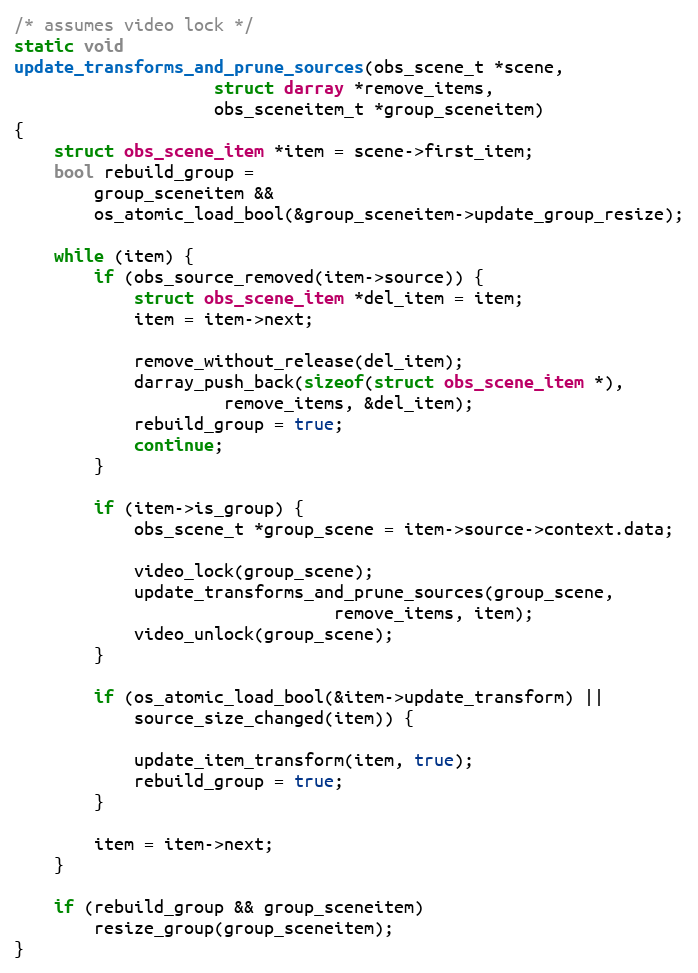
Language: C
/* assumes video lock */
static void
update_transforms_and_prune_sources(obs_scene_t *scene,
				    struct darray *remove_items,
				    obs_sceneitem_t *group_sceneitem)
{
	struct obs_scene_item *item = scene->first_item;
	bool rebuild_group =
		group_sceneitem &&
		os_atomic_load_bool(&group_sceneitem->update_group_resize);

	while (item) {
		if (obs_source_removed(item->source)) {
			struct obs_scene_item *del_item = item;
			item = item->next;

			remove_without_release(del_item);
			darray_push_back(sizeof(struct obs_scene_item *),
					 remove_items, &del_item);
			rebuild_group = true;
			continue;
		}

		if (item->is_group) {
			obs_scene_t *group_scene = item->source->context.data;

			video_lock(group_scene);
			update_transforms_and_prune_sources(group_scene,
							    remove_items, item);
			video_unlock(group_scene);
		}

		if (os_atomic_load_bool(&item->update_transform) ||
		    source_size_changed(item)) {

			update_item_transform(item, true);
			rebuild_group = true;
		}

		item = item->next;
	}

	if (rebuild_group && group_sceneitem)
		resize_group(group_sceneitem);
}